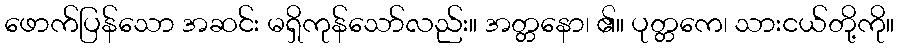
ဖောက်ပြန်သော အဆင်း မရှိကုန်သော်လည်း။ အတ္တနော၊ ၏။ ပုတ္တကေ၊ သားငယ်တို့ကို။